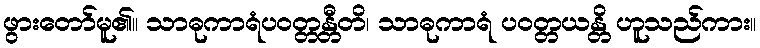
ဖွားတော်မူ၏။ သာဓုကာရံပဝတ္တန္တီတိ၊ သာဓုကာရံ ပဝတ္တယန္တိ ဟူသည်ကား။